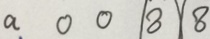
a 0 0 \textcircled { 8 } \textcircled { 8 }